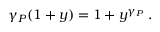
\gamma _ { P } ( 1 + y ) = 1 + y ^ { \gamma _ { P } } \; .